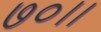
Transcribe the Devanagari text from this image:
७०।।